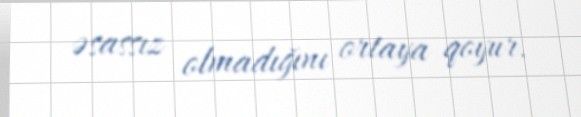
əsassız olmadığını ortaya qoyur.